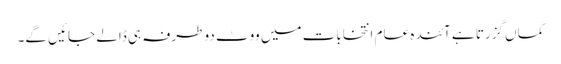
گماں گزرتا ہے آئندہ عام انتخابات میں ووٹ دو طرفہ ہی ڈالے جائیں گے۔